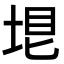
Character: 𡋳